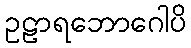
ဥဠာရဘောဂေါပိ